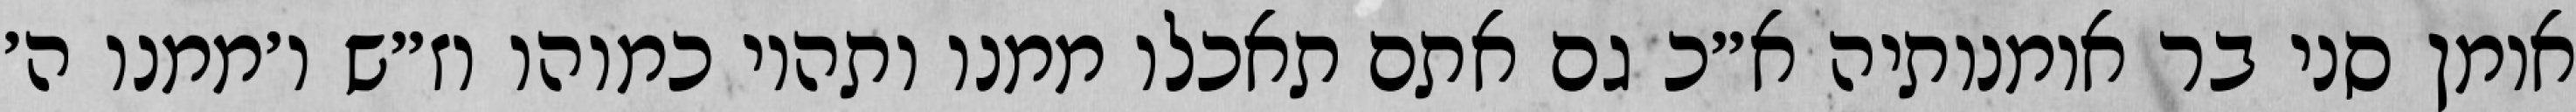
אומן סני בר אומנותיה א״כ גם אתם תאכלו ממנו ותהיו כמוהו וז״ש ו׳ממנו ה׳